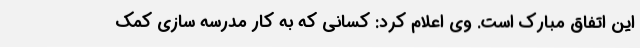
این اتفاق مبارک است. وی اعلام کرد: کسانی که به کار مدرسه سازی کمک